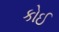
કોઈ